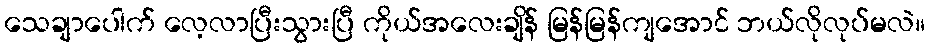
သေချာပေါက် လေ့လာပြီးသွားပြီ ကိုယ်အလေးချိန် မြန်မြန်ကျအောင် ဘယ်လိုလုပ်မလဲ။